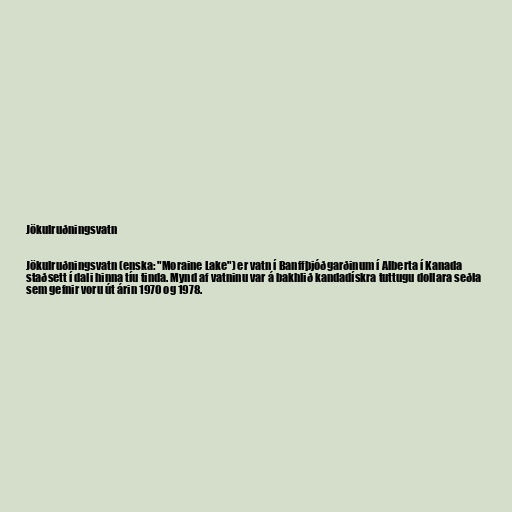
Jökulruðningsvatn

Jökulruðningsvatn (enska: "Moraine Lake") er vatn í Banffþjóðgarðinum í Alberta í Kanada
staðsett í dali hinna tíu tinda. Mynd af vatninu var á bakhlið kandadískra tuttugu dollara seðla
sem gefnir voru út árin 1970 og 1978.